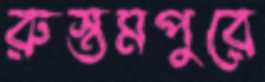
রুস্তমপুরে